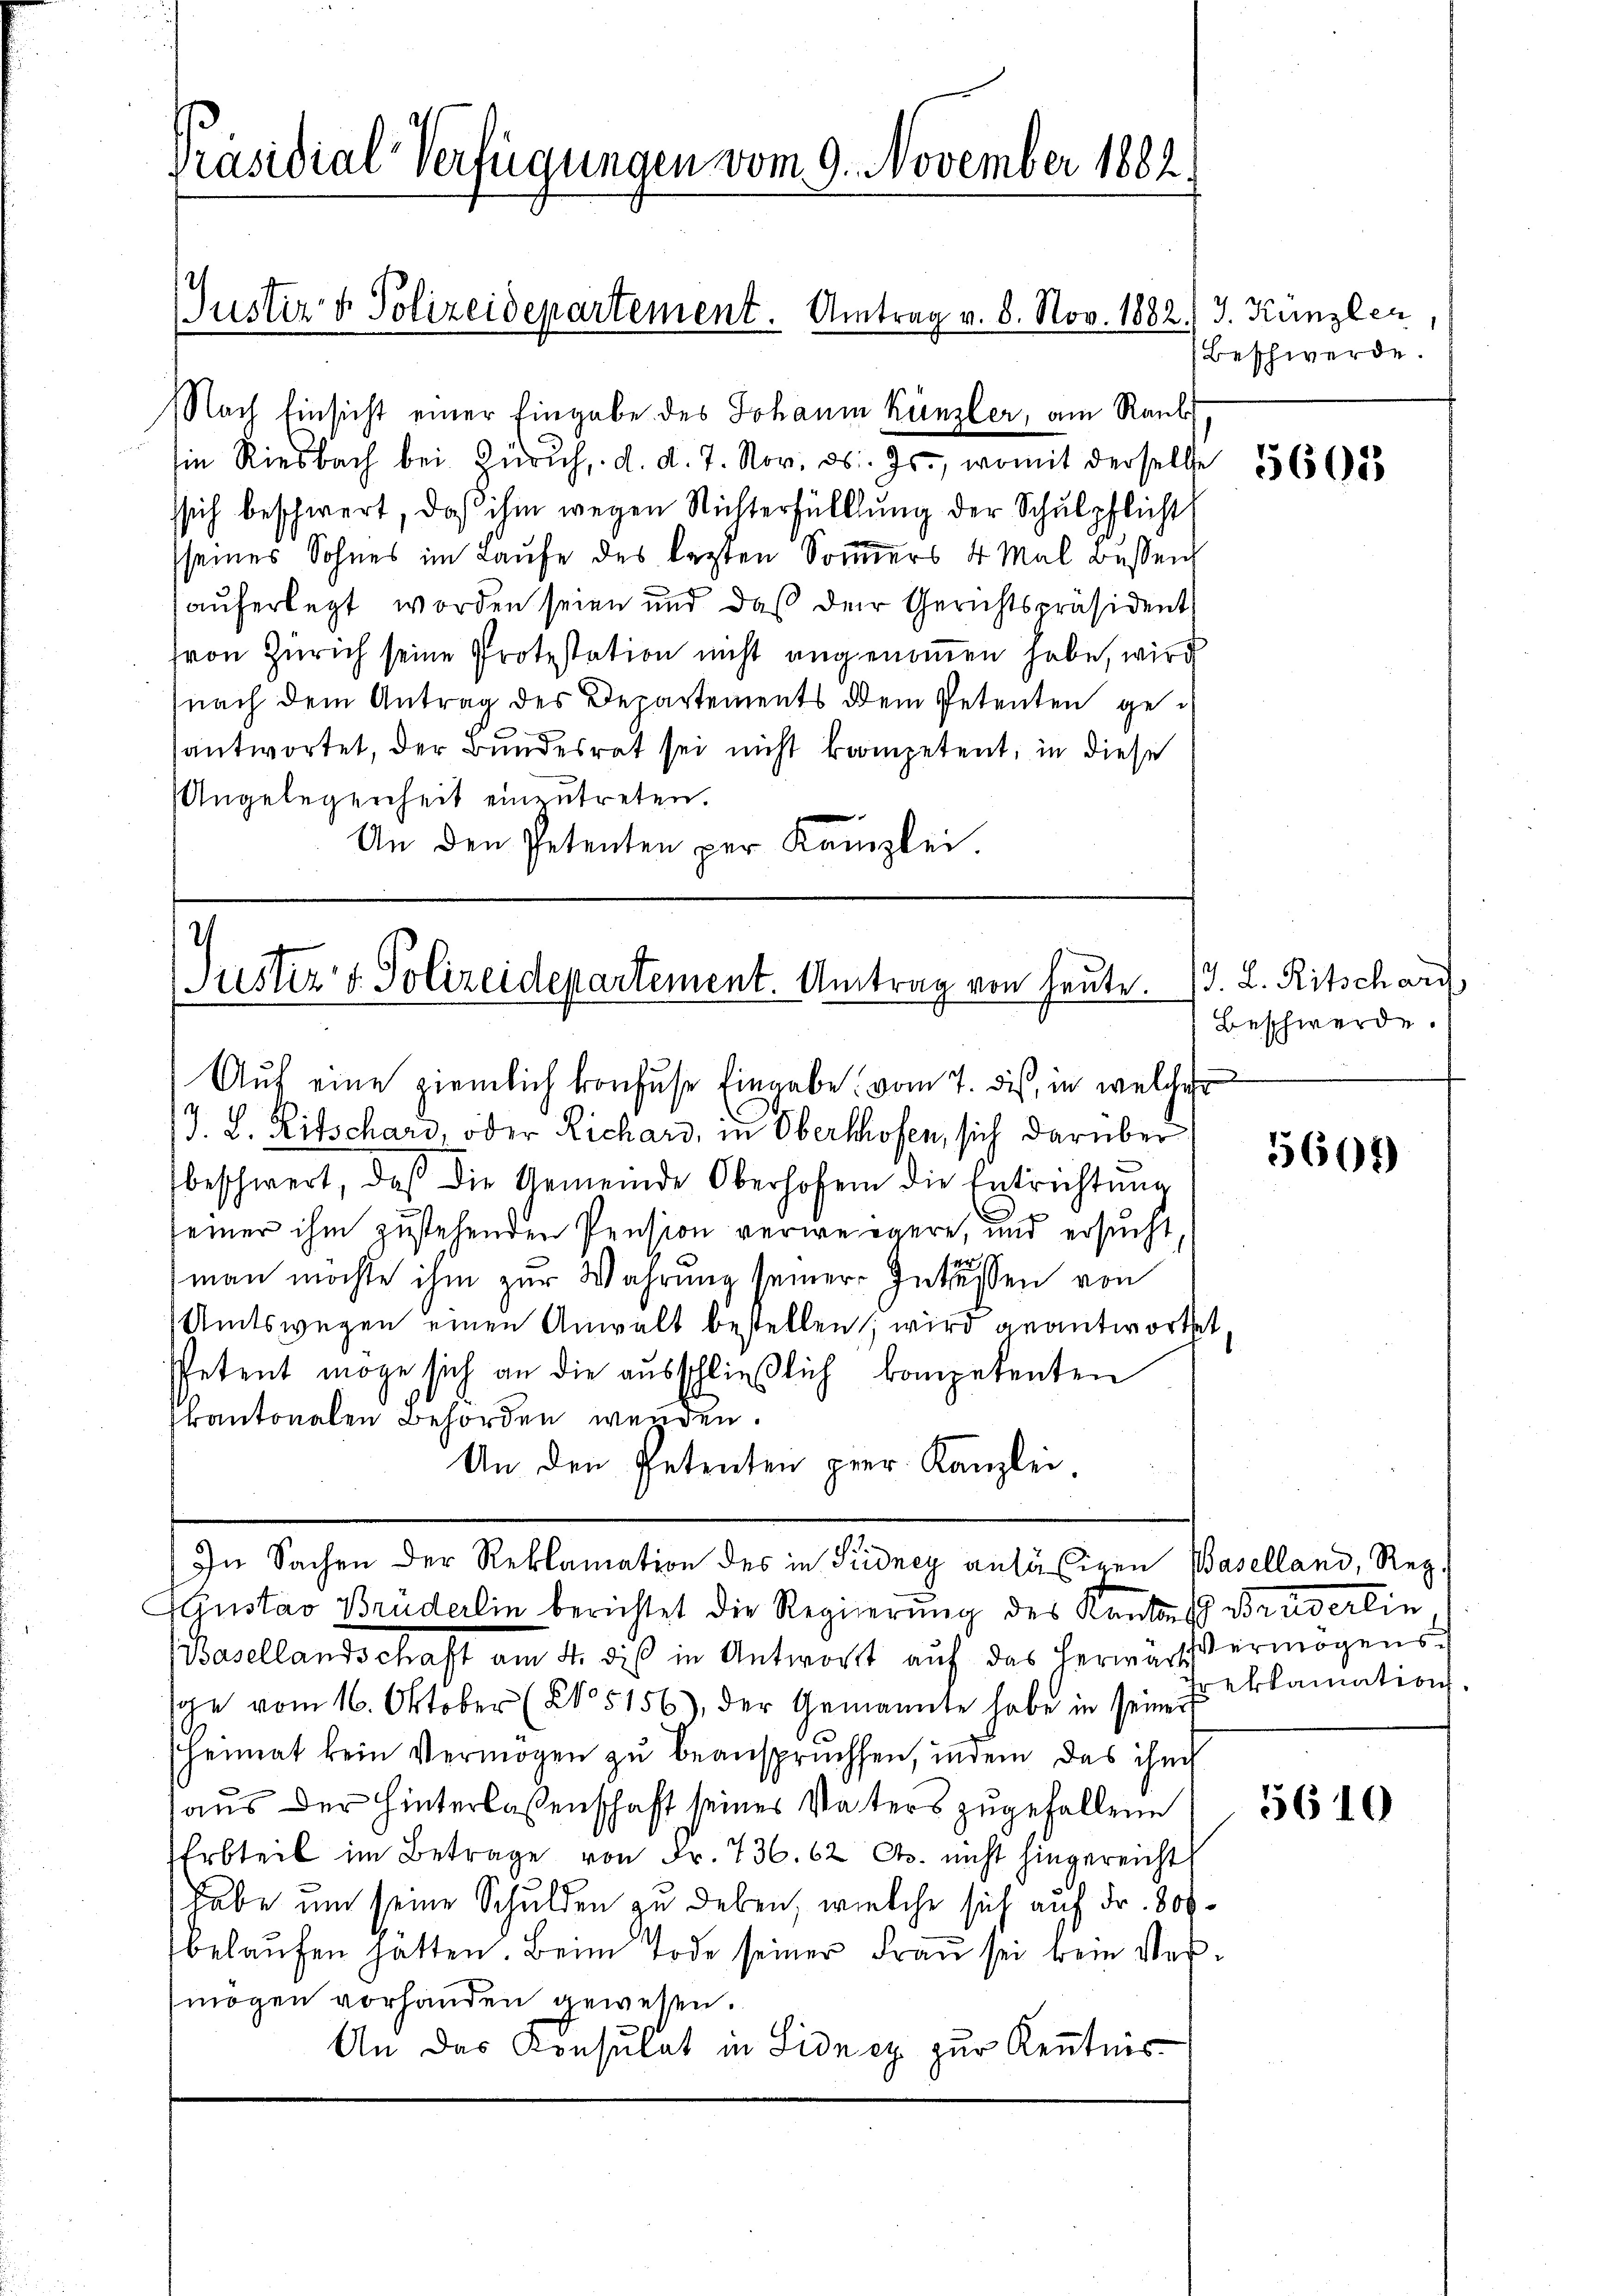
Nach Einsicht einer Eingabe des Johann Künzler, am Raub
Ein Riesbach bei Zürich, d. d. 7. Nov. d. Js., womit derselbe 1563685
ssich beschwert, daß ihm wegen Richterfülllung der Schulpflicht
sseines Sohnes im Laufe des legten Sommers 4 Mal bessen
auferlegt worden seien und daß der Gerichtspräsident
von Zürich seine Protestation nicht angenommen habe, wird
nach dem Antrag des Departements dem Petenten gesantwortet, der Bundesrat sei nicht kompetent, in diese
Angelegenheit einzutreten.
An den Petenten per Kanzlei.

J. L. Ritschard, oder Richars, in Oberthofen, sich darüber
beschwert, daß die Gemeinde Oberhofen die Entrichtŭng
seiner ihm zustehenden Pension verweigere, und ersucht
man möchte ihm zur Wahrung seiner Intissen von
Amtswegen einen Anwalt bestellen; wird geantwortet
Petent möge sich an die ausschließlich kompetenten
kantonalen Behörden werden.
An den Petenten prer. Kanzlei
In Sachen der Reklamation des in Pidney anlässigen Baselland, Reg.
AGustav Brüderlin berichtet die Regierung des Kantons Bruderlin
Basellandschaft am 4. dis in Antwort aŭf das herwärts ermögens-
oe vom 16. Oktober (No. 5156), der Gemannte habe in seiner
heimat kein Vermögen zu beanspruchsen, indem das ihm
aus der Hinterlassenschaft seines Vaters zugefallene
Erbteil im Betrage von Fr. 736. 62 Cts. nicht hingereicht
habe um seine Schulden zu geben, welche sich auf Fr. Solbelaufen hatten. Beim Tode seiner Frau sei beim Vermögen vorhanden gewesen.
An das Konsulat in Sidney zur Kenntnis-

Präsidial-Verfügungen vom 9. November 1882.

Justiz & Polizeidepartement. Antrag v. 8. Nov. 1882.) J. Kanzler

Justiz- & Polizeidepartement. Umtrag von heute.
Auf eine ziemlich konfuse Eingabe vom 7. dieß, in welches

Beschwerde.

J. L. Ritscharf
Beschwerde.

5601)

eklamation.

5610